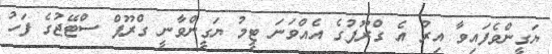
ޔަގީންވެފައިވާ އިރު އެ ގްރޫޕުގެ އެއްވަނަ ޓީމު ޔަގީންވާނީ ގްރޫޕް ސްޓޭޖުގެ ފަހު